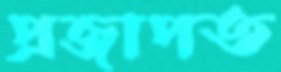
প্রজাপত